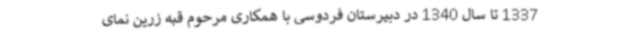
1337 تا سال 1340 در دبیرستان فردوسی با همکاری مرحوم قبه زرین نمای